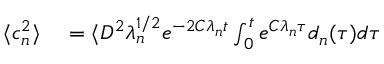
\begin{array} { r l } { \langle c _ { n } ^ { 2 } \rangle } & { { } = \langle D ^ { 2 } \lambda _ { n } ^ { 1 / 2 } e ^ { - 2 C \lambda _ { n } t } \int _ { 0 } ^ { t } e ^ { C \lambda _ { n } \tau } d _ { n } ( \tau ) d \tau } \end{array}